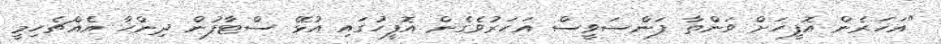
"އަހަރެން އޮފީހަށް ވަންތާ ފަންސަވީސް އަހަރުވެގެން އޮފީހުގައި އުޅޭ ސްޓާފުން ދިންހާ އެއްޗެހިމީ